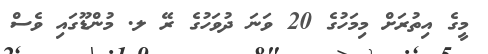
މީގެ އިތުރަށް މިމަހުގެ 20 ވަނަ ދުވަހުގެ ރޭ ލ. މުންޑޫގައި ވެސް